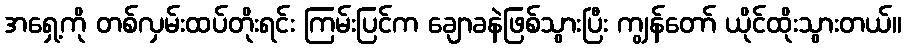
အရှေ့ကို တစ်လှမ်းထပ်တိုးရင်း ကြမ်းပြင်က ချောခနဲဖြစ်သွားပြီး ကျွန်တော် ယိုင်ထိုးသွားတယ်။